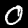
Label: 0